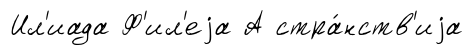
Ил'иада Ф'ил'еjа А стра́нств'иjа